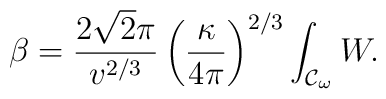
\beta=\frac{2\sqrt{2}\pi}{v^{2/3}}\left(\frac{\kappa}{4\pi}\right)^{2/3}\int_{{\cal{C}}_{\omega}}{W}.